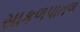
સાકળપાતળ